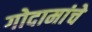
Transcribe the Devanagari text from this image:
गोदामांचे